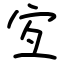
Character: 宐